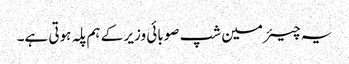
یہ چیئرمین شپ صوبائی وزیر کے ہم پلہ ہوتی ہے۔